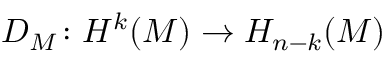
D _ { M } \colon H ^ { k } ( M ) \to H _ { n - k } ( M )